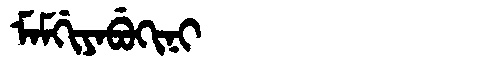
Manchu: ᠮᠠᠮᡤᡳᠶᠠᠪᡠᡴᡳᠨᡳ
Romanization: MAMGIYABUKINI